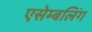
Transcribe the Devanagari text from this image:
एसेम्बलिंग